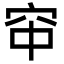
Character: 䆔